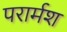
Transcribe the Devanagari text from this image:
परार्मश